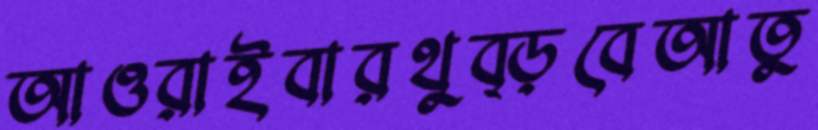
আওরাইবারথুব্‌ড়বেআতু